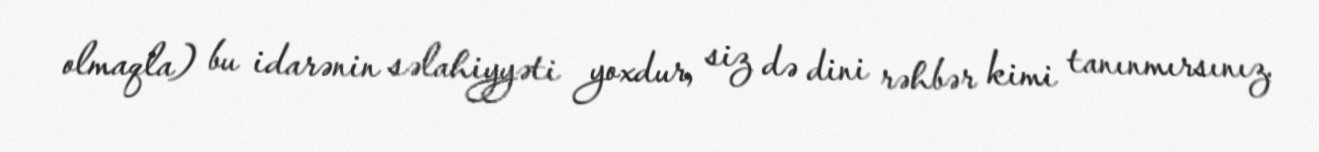
olmaqla) bu idarənin səlahiyyəti yoxdur, siz də dini rəhbər kimi tanınmırsınız.